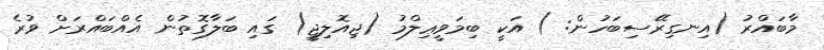
މާބައްރު (އިނގިރޭސިބަހުން: ) އަކީ ބިމަވީޢިލްމު (ޖިއޮލިޖީ) ގައި ބަލާގޮތުން އެއްބައްރަށް ވުރެ